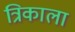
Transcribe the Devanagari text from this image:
त्रिकाला